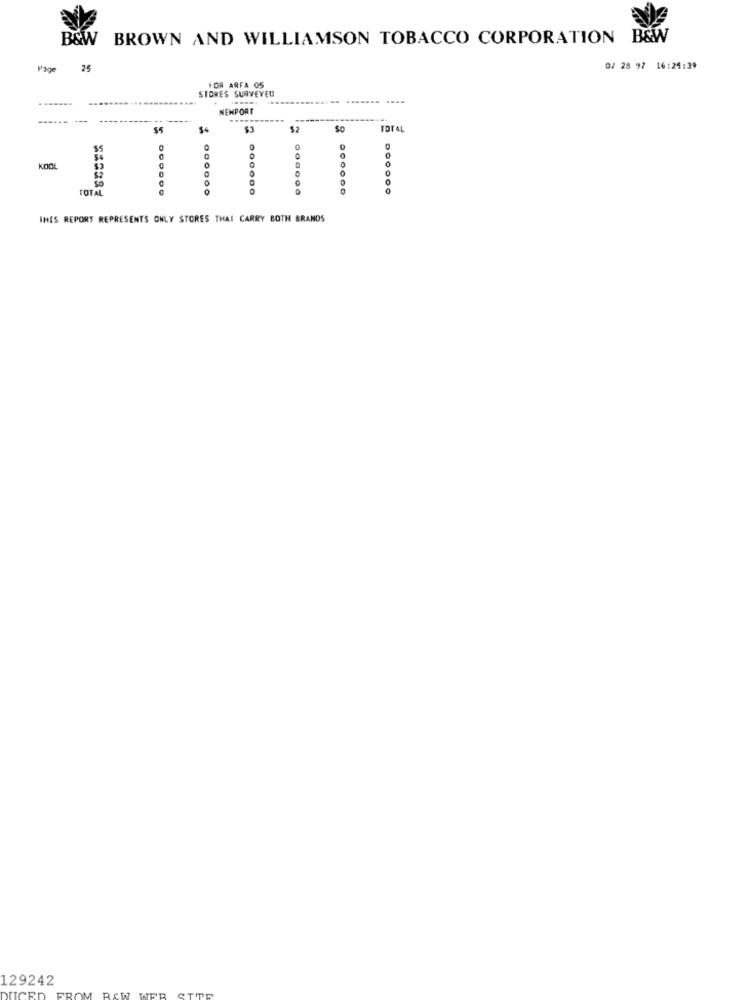
B&W
BROWN AND WILLIAMSON TOBACCO CORPORATION B&W
Page
25
0/ 28 97 16:24:39
STORES SURVEYED
FOR ARFA 05
........
NEMPORT
------ ---
$4
TOTAL
0
0
KOOL
0
TOTAL
50
THIS REPORT REPRESENTS ONLY STORES THAI CARRY BOTH BRANDS
129242
DUCED